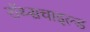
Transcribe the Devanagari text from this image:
रॉथ्सचाइल्ड